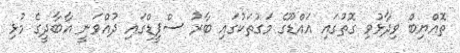
ތޮއްޔިބް ވިދާޅުވި ގޮތުގައި އައްޑޫގެ މަގުތަކުގައި ބާރު ސްޕީޑްގައި ދުއްވަނީ އާބާދީގެ މުޅި